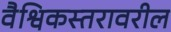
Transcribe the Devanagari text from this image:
वैश्विकस्तरावरील